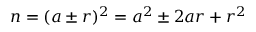
n = ( a \pm r ) ^ { 2 } = a ^ { 2 } \pm 2 a r + r ^ { 2 }